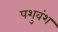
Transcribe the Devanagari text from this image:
पशुवंश